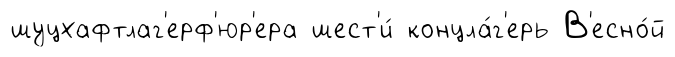
шуцхафтлаг'ерф'юр'ера шест'и́ концла́г'ерь В'есно́й